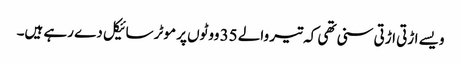
ویسے اڑتی اڑتی سنی تھی کہ تیر والے 35 ووٹوں پر موٹر سائیکل دے رہے ہیں۔